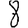
Digit: 8